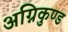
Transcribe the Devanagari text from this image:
अग्निकुण्ड